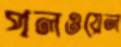
পলওয়েল